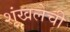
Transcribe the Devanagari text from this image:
शृंखलेची